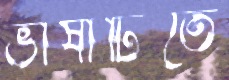
ভাষাটিতে